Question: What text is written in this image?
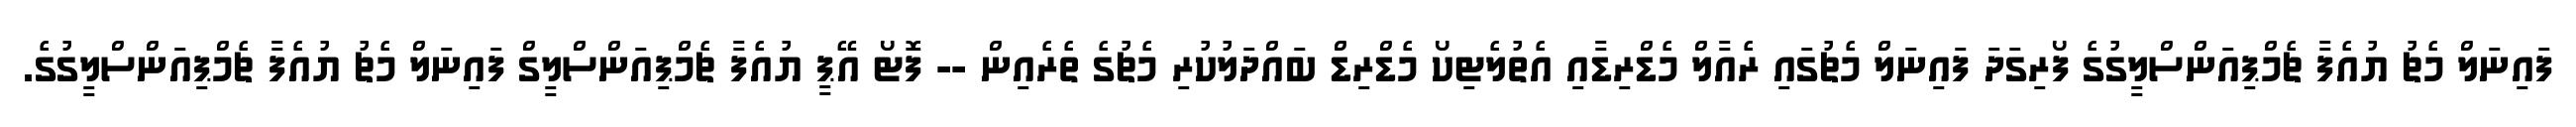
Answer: ފައިނަލް މެޗު ޔުއެފާ ޗެމްޕިއަންސްލީގުގެ ފޯރިގަދަ ފައިނަލް މެޗުގައި ރެއާލް މެޑްރިޑާއި އެތުލެޓިކޯ މެޑްރިޑް ބައްދަލުކުރި މެޗުގެ ތެރެއިން -- ފޮޓޯ އޭޕީ ޔުއެފާ ޗެމްޕިއަންސްލީގް ފައިނަލް މެޗު ޔުއެފާ ޗެމްޕިއަންސްލީގުގެ.